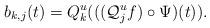
LaTeX: \begin{align*}b_{k,j}(t)=Q^u_k (((\mathcal{Q}^u_j f )\circ \Psi)(t)).\end{align*}